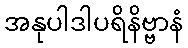
အနုပါဒါပရိနိဗ္ဗာနံ